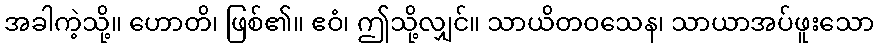
အခါကဲ့သို့။ ဟောတိ၊ ဖြစ်၏။ ဧဝံ၊ ဤသို့လျှင်။ သာယိတဝသေန၊ သာယာအပ်ဖူးသော